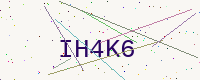
Text: IH4K6